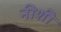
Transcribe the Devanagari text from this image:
नीशी